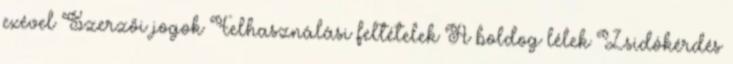
exével Szerzői jogok Felhasználási feltételek A boldog lélek Zsidókérdés